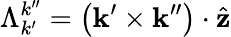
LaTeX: \Lambda_{k^{\prime}}^{k^{\prime\prime}}=\left(\mathbf{k}^{\prime}\times\mathbf{k}^{\prime\prime}\right)\cdot\hat{\mathbf{z}}